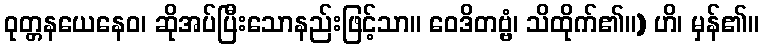
ဝုတ္တနယေနေဝ၊ ဆိုအပ်ပြီးသောနည်းဖြင့်သာ။ ဝေဒိတဗ္ဗံ၊ သိထိုက်၏။) ဟိ၊ မှန်၏။